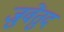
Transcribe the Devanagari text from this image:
जुवेंतुद